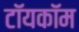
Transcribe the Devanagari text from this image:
टॉयकॉम